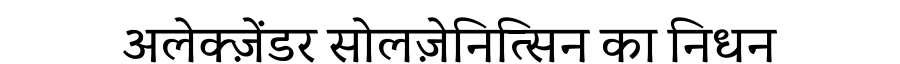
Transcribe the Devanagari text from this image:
अलेक्ज़ेंडर सोलज़ेनित्सिन का निधन